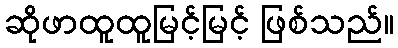
ဆိုဖာထူထူမြင့်မြင့် ဖြစ်သည်။